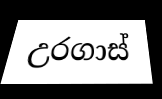
උරගාස්